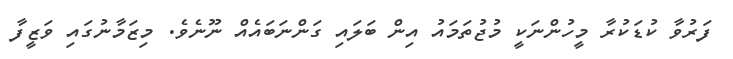
ފަރުވާ ކުޑަކުރާ މީހުންނަކީ މުޖުތަމައު އިން ބަލައި ގަންނަބައެއް ނޫނެވެ. މިޒަމާނުގައި ވަޒީފާ